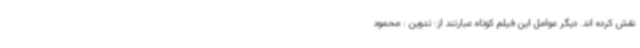
نقش‌ کرده اند. دیگر عوامل این فیلم کوتاه عبارتند از: تدوین : محمود